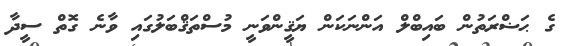
ގެ ޙަޟްރަތުން ބައިބްލް އަންނަކަން ޔަޤީންވަނީ މުސްތަޤްބަލުގައި ވާނެ ގޮތް ސީދާ